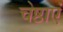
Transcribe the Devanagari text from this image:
चेष्ठाएं